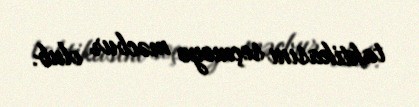
taktikasını seçməyə məcbur olub.